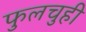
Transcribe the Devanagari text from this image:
फुलचुही